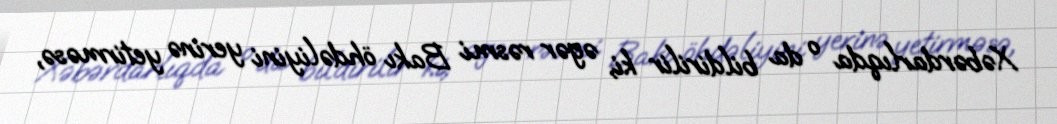
Xəbərdarlıqda o da bildirilir ki, əgər rəsmi Bakı öhdəliyini yerinə yetirməsə,